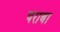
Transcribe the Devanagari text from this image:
षराबा